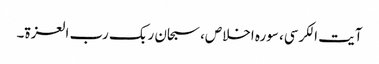
آیت الکرسی، سورہ اخلاص، سبحان ربک رب العزۃ۔